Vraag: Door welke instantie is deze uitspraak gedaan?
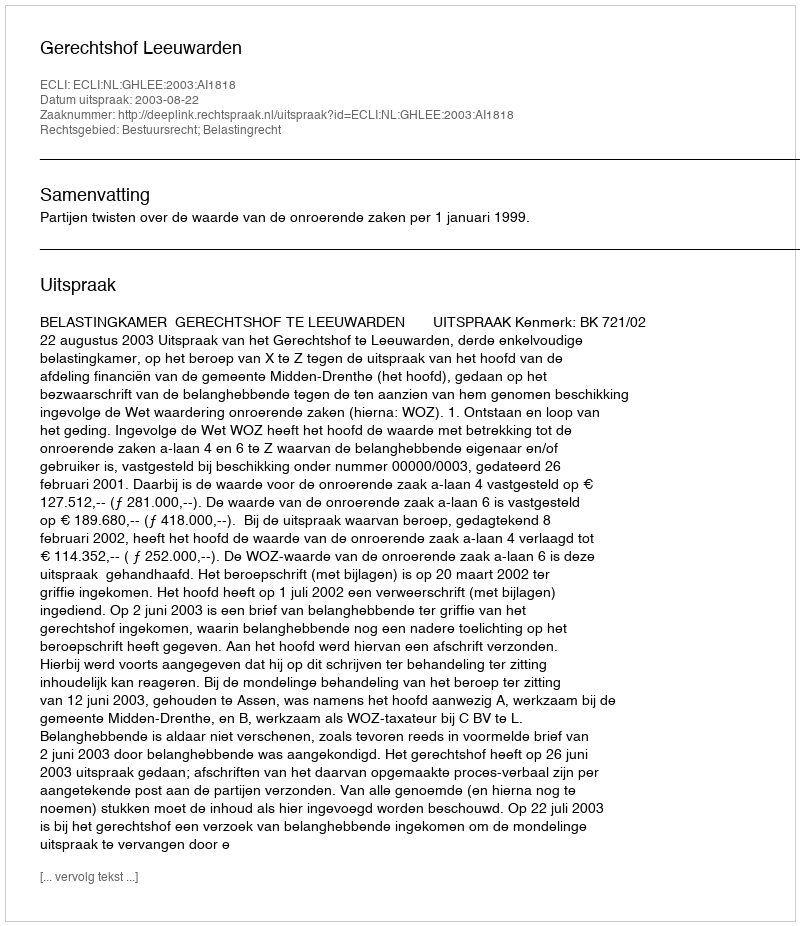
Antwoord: Gerechtshof Leeuwarden